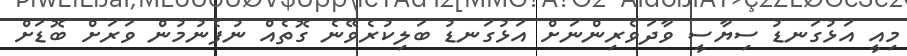
މިއީ އަޅުގަނޑު ސިޔާސީ ވާދަވެރިންނަށް އަޅުގަނޑު ބަލިކުރެވޭނެ ގޮތެއް ނުފެނުމުން ވަރަށް ބޮޑަށް